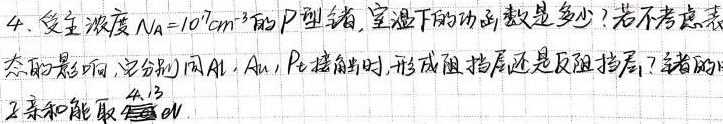
4. 受主浓度$N_A = 10^{17}cm^{-3}$的$P$型锗，室温下的功函数是多少？若不考虑表面态的影响，当分别用$Al$，$Au$，$Pt$接触时，形成阻挡层还是反阻挡层？锗的电子亲和能取$4.13eV$。